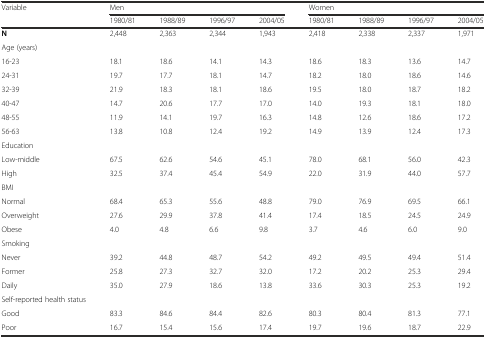
<table><thead><tr><td><b>Variable</b></td><td colspan="4"><b>Men</b></td><td colspan="4"><b>Women</b></td></tr><tr><td></td><td><b>1980/81</b></td><td><b>1988/89</b></td><td><b>1996/97</b></td><td><b>2004/05</b></td><td><b>1980/81</b></td><td><b>1988/89</b></td><td><b>1996/97</b></td><td><b>2004/05</b></td></tr></thead><tbody><tr><td><b>N</b></td><td>2,448</td><td>2,363</td><td>2,344</td><td>1,943</td><td>2,418</td><td>2,338</td><td>2,337</td><td>1,971</td></tr><tr><td>Age (years)</td><td></td><td></td><td></td><td></td><td></td><td></td><td></td><td></td></tr><tr><td>16-23</td><td>18.1</td><td>18.6</td><td>14.1</td><td>14.3</td><td>18.6</td><td>18.3</td><td>13.6</td><td>14.7</td></tr><tr><td>24-31</td><td>19.7</td><td>17.7</td><td>18.1</td><td>14.7</td><td>18.2</td><td>18.0</td><td>18.6</td><td>14.6</td></tr><tr><td>32-39</td><td>21.9</td><td>18.3</td><td>18.1</td><td>18.6</td><td>19.5</td><td>18.0</td><td>18.7</td><td>18.2</td></tr><tr><td>40-47</td><td>14.7</td><td>20.6</td><td>17.7</td><td>17.0</td><td>14.0</td><td>19.3</td><td>18.1</td><td>18.0</td></tr><tr><td>48-55</td><td>11.9</td><td>14.1</td><td>19.7</td><td>16.3</td><td>14.8</td><td>12.6</td><td>18.6</td><td>17.2</td></tr><tr><td>56-63</td><td>13.8</td><td>10.8</td><td>12.4</td><td>19.2</td><td>14.9</td><td>13.9</td><td>12.4</td><td>17.3</td></tr><tr><td>Education</td><td></td><td></td><td></td><td></td><td></td><td></td><td></td><td></td></tr><tr><td>Low-middle</td><td>67.5</td><td>62.6</td><td>54.6</td><td>45.1</td><td>78.0</td><td>68.1</td><td>56.0</td><td>42.3</td></tr><tr><td>High</td><td>32.5</td><td>37.4</td><td>45.4</td><td>54.9</td><td>22.0</td><td>31.9</td><td>44.0</td><td>57.7</td></tr><tr><td>BMI</td><td></td><td></td><td></td><td></td><td></td><td></td><td></td><td></td></tr><tr><td>Normal</td><td>68.4</td><td>65.3</td><td>55.6</td><td>48.8</td><td>79.0</td><td>76.9</td><td>69.5</td><td>66.1</td></tr><tr><td>Overweight</td><td>27.6</td><td>29.9</td><td>37.8</td><td>41.4</td><td>17.4</td><td>18.5</td><td>24.5</td><td>24.9</td></tr><tr><td>Obese</td><td>4.0</td><td>4.8</td><td>6.6</td><td>9.8</td><td>3.7</td><td>4.6</td><td>6.0</td><td>9.0</td></tr><tr><td>Smoking</td><td></td><td></td><td></td><td></td><td></td><td></td><td></td><td></td></tr><tr><td>Never</td><td>39.2</td><td>44.8</td><td>48.7</td><td>54.2</td><td>49.2</td><td>49.5</td><td>49.4</td><td>51.4</td></tr><tr><td>Former</td><td>25.8</td><td>27.3</td><td>32.7</td><td>32.0</td><td>17.2</td><td>20.2</td><td>25.3</td><td>29.4</td></tr><tr><td>Daily</td><td>35.0</td><td>27.9</td><td>18.6</td><td>13.8</td><td>33.6</td><td>30.3</td><td>25.3</td><td>19.2</td></tr><tr><td>Self-reported health status</td><td></td><td></td><td></td><td></td><td></td><td></td><td></td><td></td></tr><tr><td>Good</td><td>83.3</td><td>84.6</td><td>84.4</td><td>82.6</td><td>80.3</td><td>80.4</td><td>81.3</td><td>77.1</td></tr><tr><td>Poor</td><td>16.7</td><td>15.4</td><td>15.6</td><td>17.4</td><td>19.7</td><td>19.6</td><td>18.7</td><td>22.9</td></tr></tbody></table>